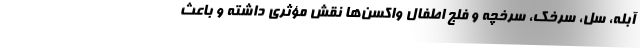
آبله، سل، سرخک، سرخچه و فلج اطفال واکسن‌ها نقش مؤثری داشته و باعث